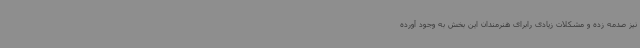
نیز صدمه زده و مشکلات زیادی رابرای هنرمندان این بخش به وجود آورده